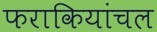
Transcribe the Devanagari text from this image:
फराकियांचल